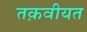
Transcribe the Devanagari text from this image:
तक़वीयत